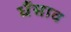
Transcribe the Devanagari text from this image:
धँसाव